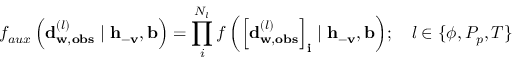
f _ { a u x } \left( \mathbf { d } _ { \mathbf { w } , \mathbf { o b s } } ^ { ( l ) } \mid \mathbf { h } _ { - \mathbf { v } } , \mathbf { b } \right) = \prod _ { i } ^ { N _ { l } } { f \left( \left[ \mathbf { d } _ { \mathbf { w } , \mathbf { o b s } } ^ { ( l ) } \right] _ { \mathbf { i } } \mid \mathbf { h } _ { - \mathbf { v } } , \mathbf { b } \right) } ; \ \ \ l \in \{ \phi , P _ { p } , T \}